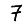
Digit: 7